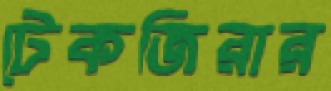
টেকজিরার